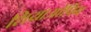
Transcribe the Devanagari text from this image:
शियाओपिंग